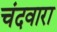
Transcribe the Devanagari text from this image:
चंदवारा